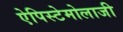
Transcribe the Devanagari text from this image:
ऐपिस्टेमोलाजी